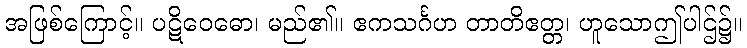
အဖြစ်ကြောင့်။ ပဋိဝေဓော၊ မည်၏။ ဧကသင်္ဂဟ တာတိဧတ္တ၊ ဟူသောဤပါဌ်၌။